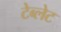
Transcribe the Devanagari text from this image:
टेब्लेट